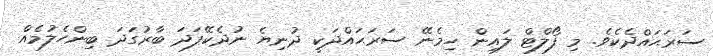
ސަރަޙައްދެކެވެ. މި ފޯލްޓް ލައިން ހިމެނޭ ސަރަޙައްދަކީ ދުނިޔެ ނުދެކޭފަދަ ބާރުގަދަ ބިންހެލުމެއް